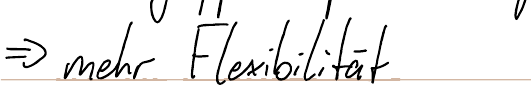
=> mehr Flexibilität